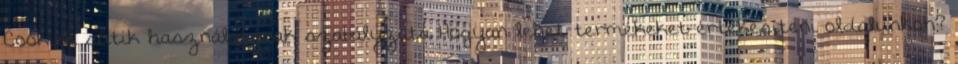
Cookiek sütik használatának szabályzata Hogyan lehet termékeket értékesíteni oldalunkon?